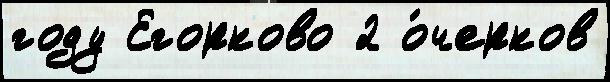
году Егорково 2 о́черков